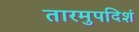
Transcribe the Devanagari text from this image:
तारमुपदिशं